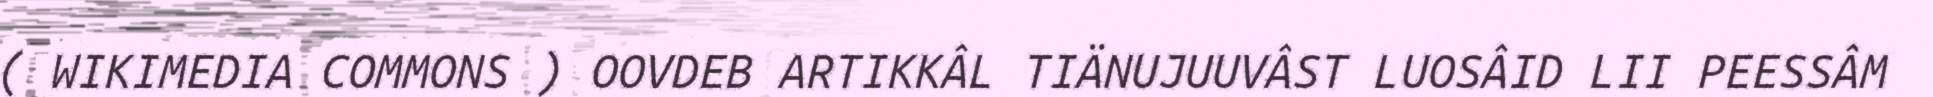
( WIKIMEDIA COMMONS ) OOVDEB ARTIKKÂL TIÄNUJUUVÂST LUOSÂID LII PEESSÂM